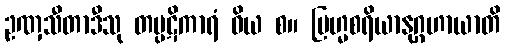
ဥဏှသီတာဒီသု တပ္ပဋိကာရံ ဝိယ စ။ ဗြဟ္မစရိယာနုဂ္ဂဟာယာတိ